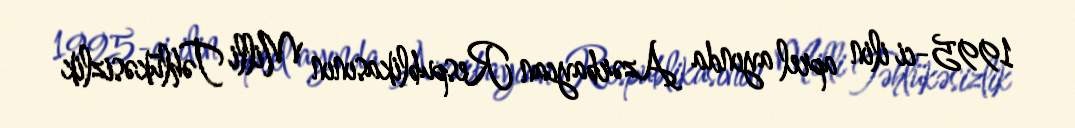
1995-ci ilin aprel ayında Azərbaycan Respublikasının Milli Təhlükəsizlik